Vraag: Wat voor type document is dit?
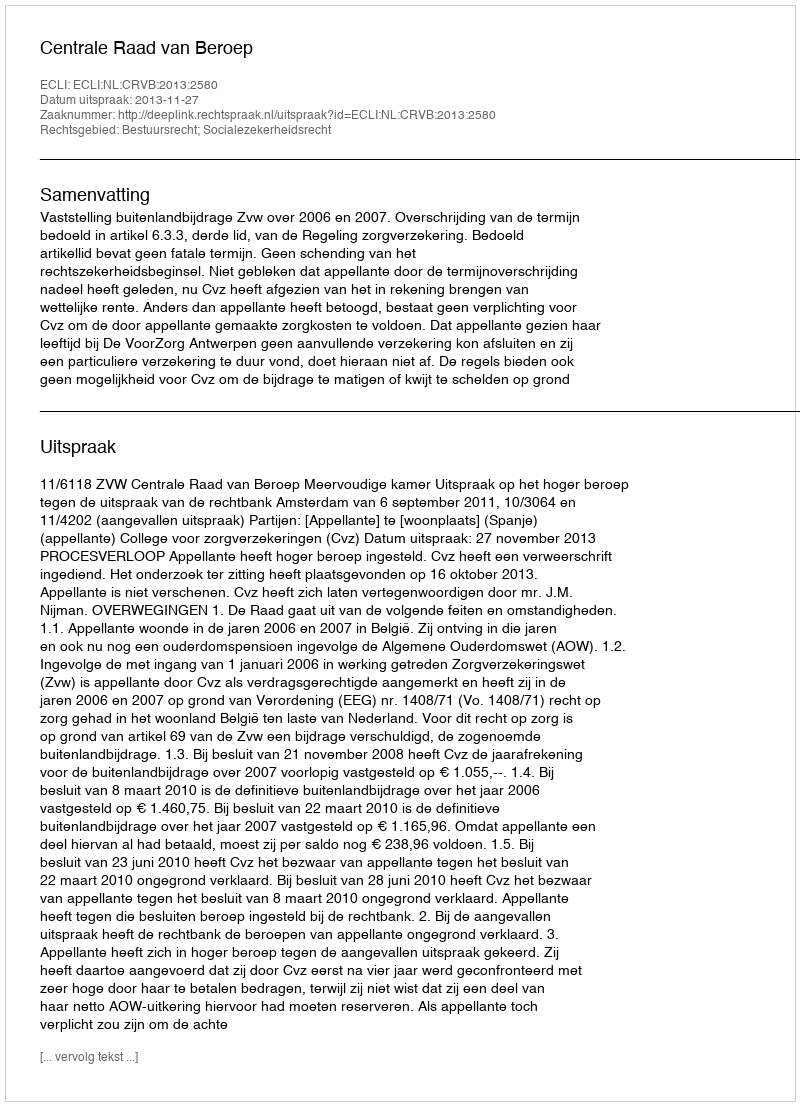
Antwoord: Uitspraak